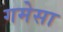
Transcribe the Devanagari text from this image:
गमेसा